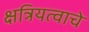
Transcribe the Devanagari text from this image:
क्षत्रियत्वाचे